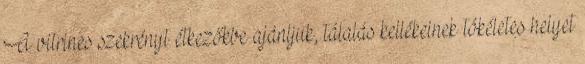
A vitrines szekrényt étkezőkbe ajánljuk, tálalás kellékeinek tökéletes helyet